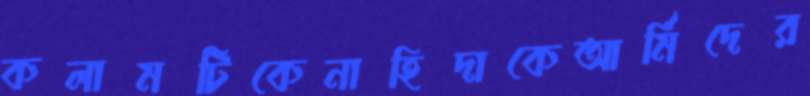
কলামটিকেনাহিদাকেআর্মিদের